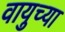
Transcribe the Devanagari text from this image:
वायुच्या